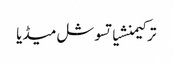
ترکیمنشیاتسوشل میڈیا